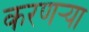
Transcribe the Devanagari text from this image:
करणर्‍या